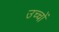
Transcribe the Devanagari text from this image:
उच्चों